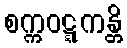
စက္ကဝဋ္ဋကန္တိ